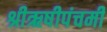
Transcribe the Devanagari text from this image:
श्रीऋषीपंचमी